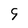
Character: 9